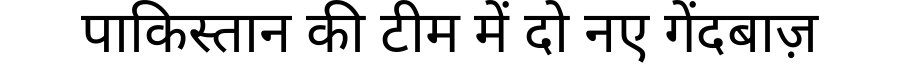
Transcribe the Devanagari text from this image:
पाकिस्तान की टीम में दो नए गेंदबाज़